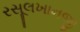
રસૂલખાનજી